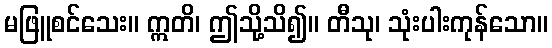
မဖြူစင်သေး။ ဣတိ၊ ဤသို့သိ၍။ တီသု၊ သုံးပါးကုန်သော။